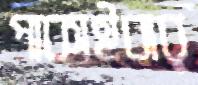
পাকাইবার